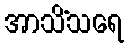
အာသိံသရေ